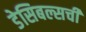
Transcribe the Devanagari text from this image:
डेसिबल्सची